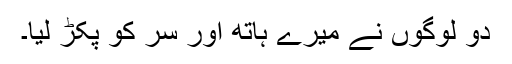
دو لوگوں نے میرے ہاتھ اور سر کو پکڑ لیا۔